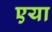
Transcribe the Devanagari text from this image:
एया